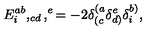
E _ { i } ^ { a b } , _ { c d } , ^ { e } = - 2 \delta _ { ( c } ^ { ( a } \delta _ { d ) } ^ { e } \delta _ { i } ^ { b ) } ,